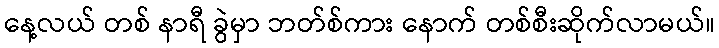
နေ့လယ် တစ် နာရီ ခွဲမှာ ဘတ်စ်ကား နောက် တစ်စီးဆိုက်လာမယ်။